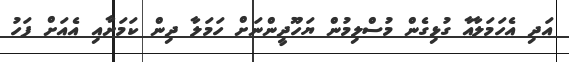
އަދި އެހަމަލާއާ ގުޅިގެން މުސްލިމުން ޔަހޫދީންނަށް ހަމަލާ ދިން ކަމަށާއި އެއަށް ފަހު